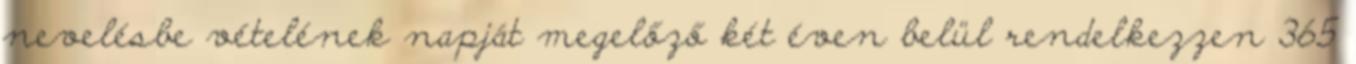
nevelésbe vételének napját megelőző két éven belül rendelkezzen 365